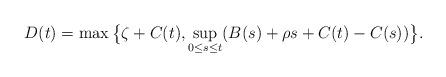
LaTeX: \begin{align*}D(t)=\max\big\{\zeta+C(t),\sup_{0\leq s \leq t}(B(s)+\rho s+C(t)-C(s))\big\}.\end{align*}